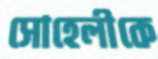
সোহেলীকে